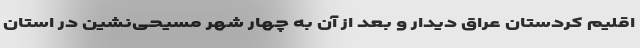
اقلیم کردستان عراق دیدار و بعد از آن به چهار شهر مسیحی‌نشین در استان